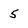
Character: 5